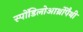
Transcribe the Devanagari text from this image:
स्पोंडिलोआर्थ्रोपैथी